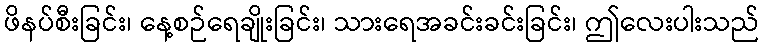
ဖိနပ်စီးခြင်း၊ နေ့စဉ်ရေချိုးခြင်း၊ သားရေအခင်းခင်းခြင်း၊ ဤလေးပါးသည်